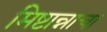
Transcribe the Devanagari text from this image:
मिष्टान्नाचा